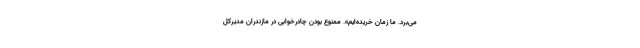
می‌برد. ما زمان خریده‌ایم». ممنوع بودن چادرخوابی در مازندران مدیرکل